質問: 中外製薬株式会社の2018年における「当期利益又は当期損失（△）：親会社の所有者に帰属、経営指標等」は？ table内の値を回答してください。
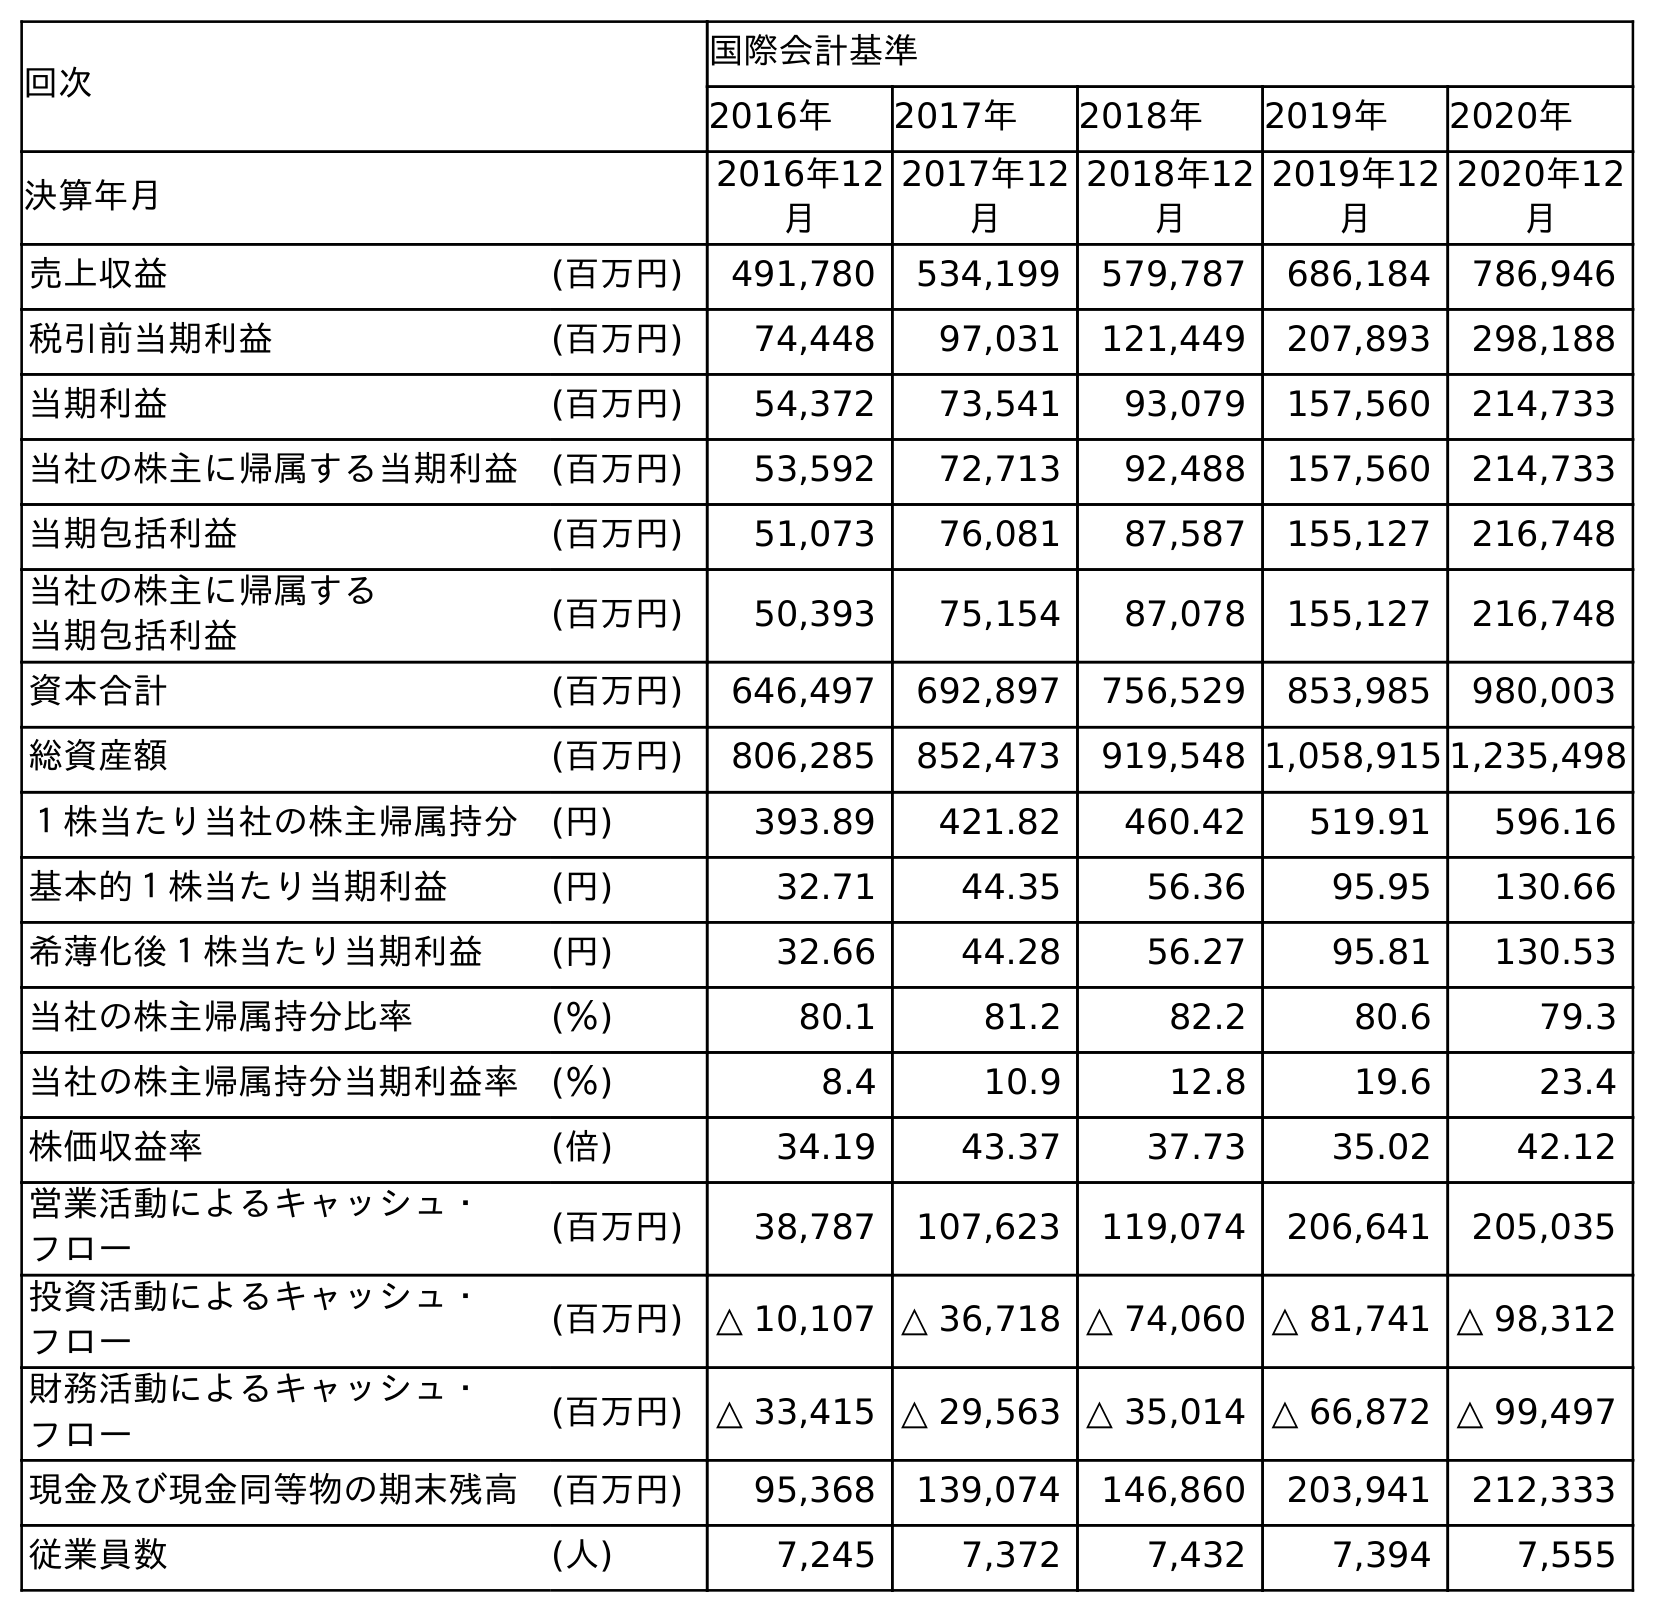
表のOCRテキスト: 回次 国際会計基準 2016年 2017年 2018年 2019年 2020年 決算年月 2016年12 月 2017年12 月 2018年12 月 2019年12 月 2020年12 月 売上収益 (百万円) 491,780 534,199 579,787 686,184 786,946 税引前当期利益 (百万円) 74,448 97,031 121,449 207,893 298,188 当期利益 (百万円) 54,372 73,541 93,079 157,560 214,733 当社の株主に帰属する当期利益 (百万円) 53,592 72,713 92,488 157,560 214,733 当期包括利益 (百万円) 51,073 76,081 87,587 155,127 216,748 当社の株主に帰属する 当期包括利益 (百万円) 50,393 75,154 87,078 155,127 216,748 資本合計 (百万円) 646,497 692,897 756,529 853,985 980,003 総資産額 (百万円) 806,285 852,473 919,548 1,058,915 1,235,498 １株当たり当社の株主帰属持分 (円) 393.89 421.82 460.42 519.91 596.16 基本的１株当たり当期利益 (円) 32.71 44.35 56.36 95.95 130.66 希薄化後１株当たり当期利益 (円) 32.66 44.28 56.27 95.81 130.53 当社の株主帰属持分比率 (％) 80.1 81.2 82.2 80.6 79.3 当社の株主帰属持分当期利益率 (％) 8.4 10.9 12.8 19.6 23.4 株価収益率 (倍) 34.19 43.37 37.73 35.02 42.12 営業活動によるキャッシュ・ フロー (百万円) 38,787 107,623 119,074 206,641 205,035 投資活動によるキャッシュ・ フロー (百万円) △ 10,107 △ 36,718 △ 74,060 △ 81,741 △ 98,312 財務活動によるキャッシュ・ フロー (百万円) △ 33,415 △ 29,563 △ 35,014 △ 66,872 △ 99,497 現金及び現金同等物の期末残高 (百万円) 95,368 139,074 146,860 203,941 212,333 従業員数 (人) 7,245 7,372 7,432 7,394 7,555
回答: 92,488